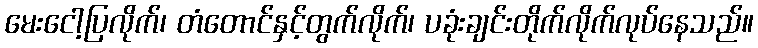
မေးငေါ့ပြလိုက်၊ တံတောင်နှင့်တွက်လိုက်၊ ပခုံးချင်းတိုက်လိုက်လုပ်နေသည်။